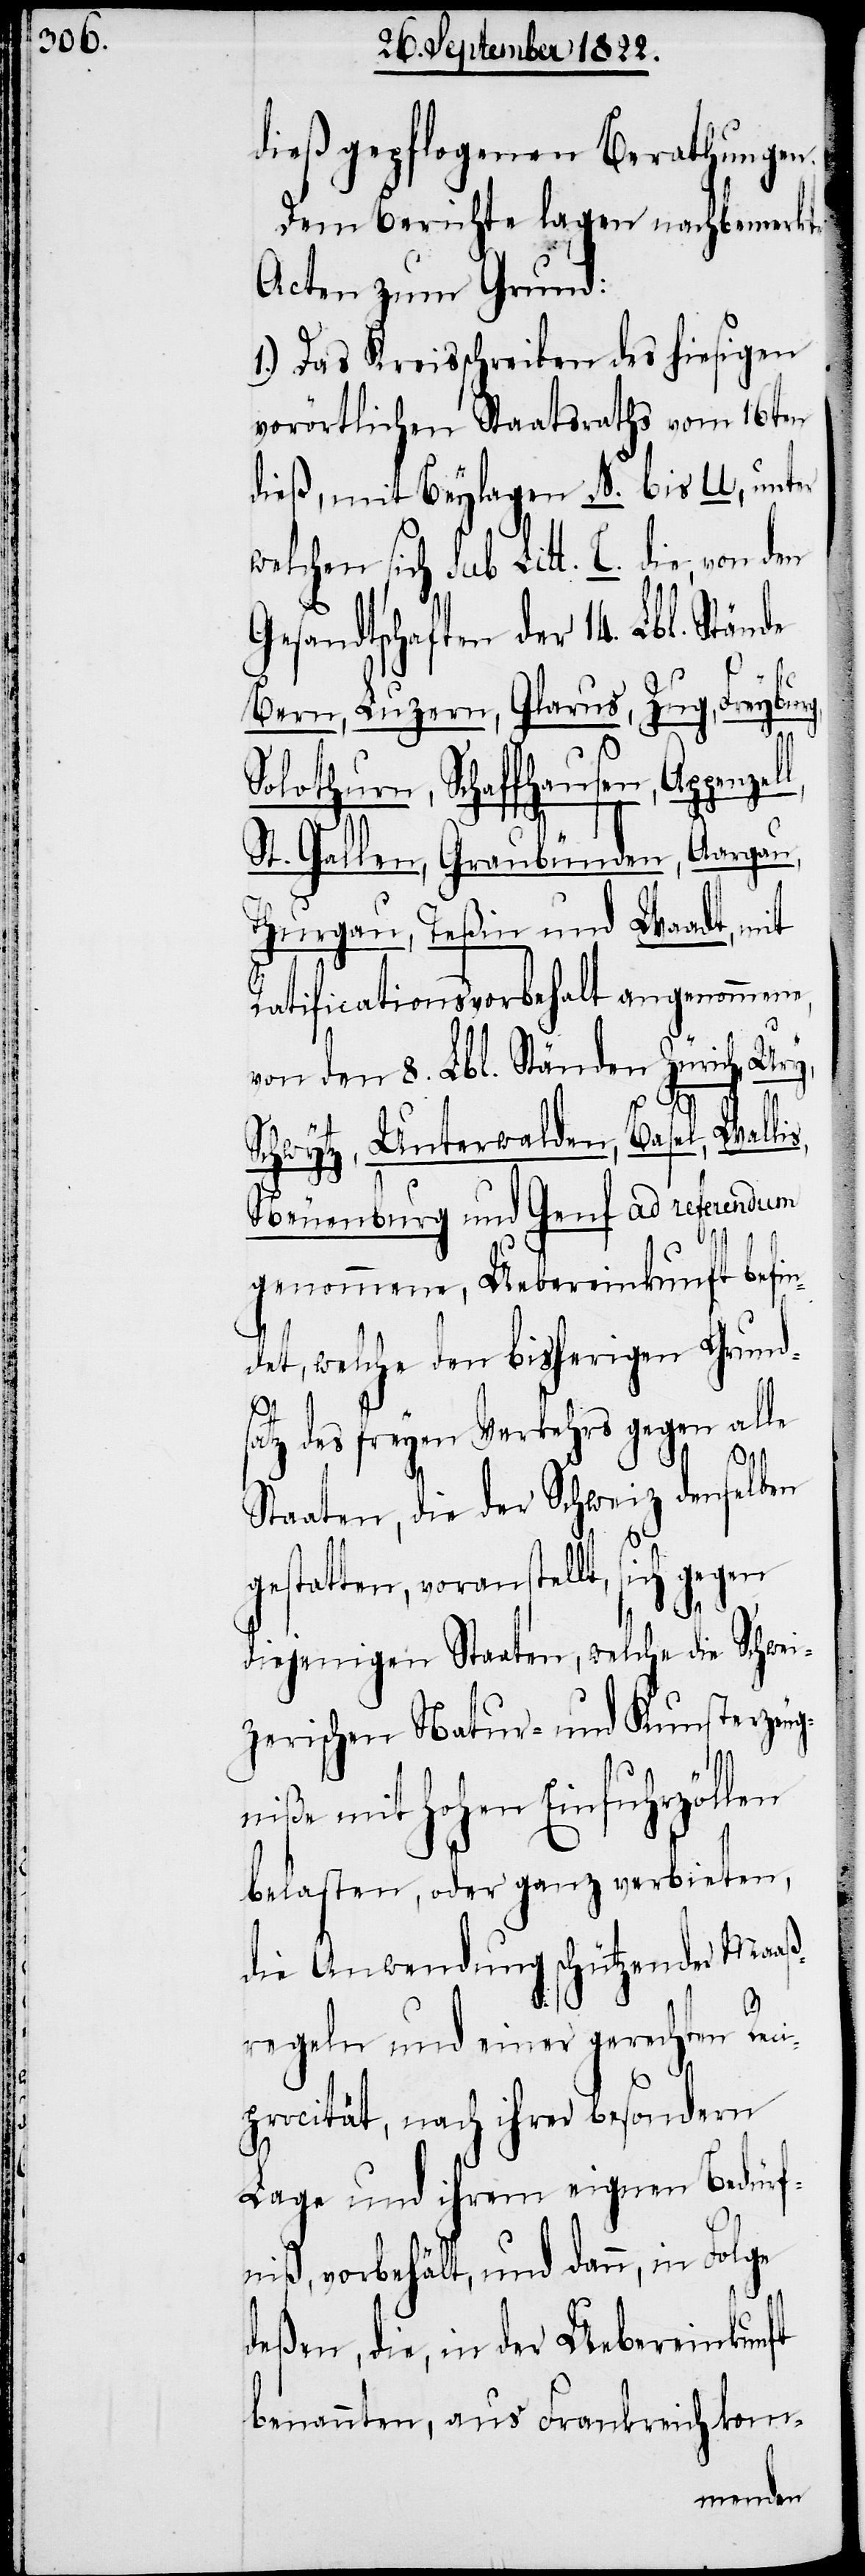
dieß gepflogenen Berathungen.
Dem Berichte lagen nachbemerkte
Acten zum Grund:
1.) Das Kreisschreiben des hiesigen
vorörtlichen Staatsraths vom 16ten
dieß, mit Beylagen N. bis U., unter
welchen sich Sub. Litt. C. die, von
Gesandtschaften der 14. Lbl. Stän¬
Bern, Luzern, Glarus, Zug, Freyburg,
Solothurn, Schaffhausen, Appenze¬
St. Gallen, Graubünden, Aargau,
Thurgau, Teßin und Waadt, mit
Ratificationsvorbehalt angenommen¬
von den 8. Lbl. Ständen Zürich, Ury,
Schwytz, Unterwalden, Basel, Walli¬
Neuenburg und Genf ad referendum
genommene, Uebereinkunft befin¬
det, welche den bisherigen Grunds¬
atz des freyen Verkehrs gegen alle
Staaten, die der Schweiz denselben
gestatten, voranstellt, sich gegen
ll,
diejenigen Staaten, welche die Schwei¬
zerischen Natur- und Kunsterzeug¬
s,
niße mit hohen Einfuhrzöllen
belasten, oder ganz verbieten,
die Anwendung schützender Maaß¬
regeln und einer gerechten Reci¬
procität, nach ihrer besondern
Lage und ihrem eignen Bedürf¬
niß, vorbehält, und dann, in Folge
deßen, die, in der Uebereinkunft
benannten, aus Frankreich kom-